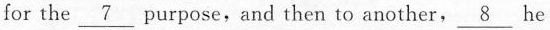
for the \underline{7} purpose,and then to another, \underline{8} he